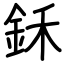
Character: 鉌